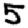
Digit: 5